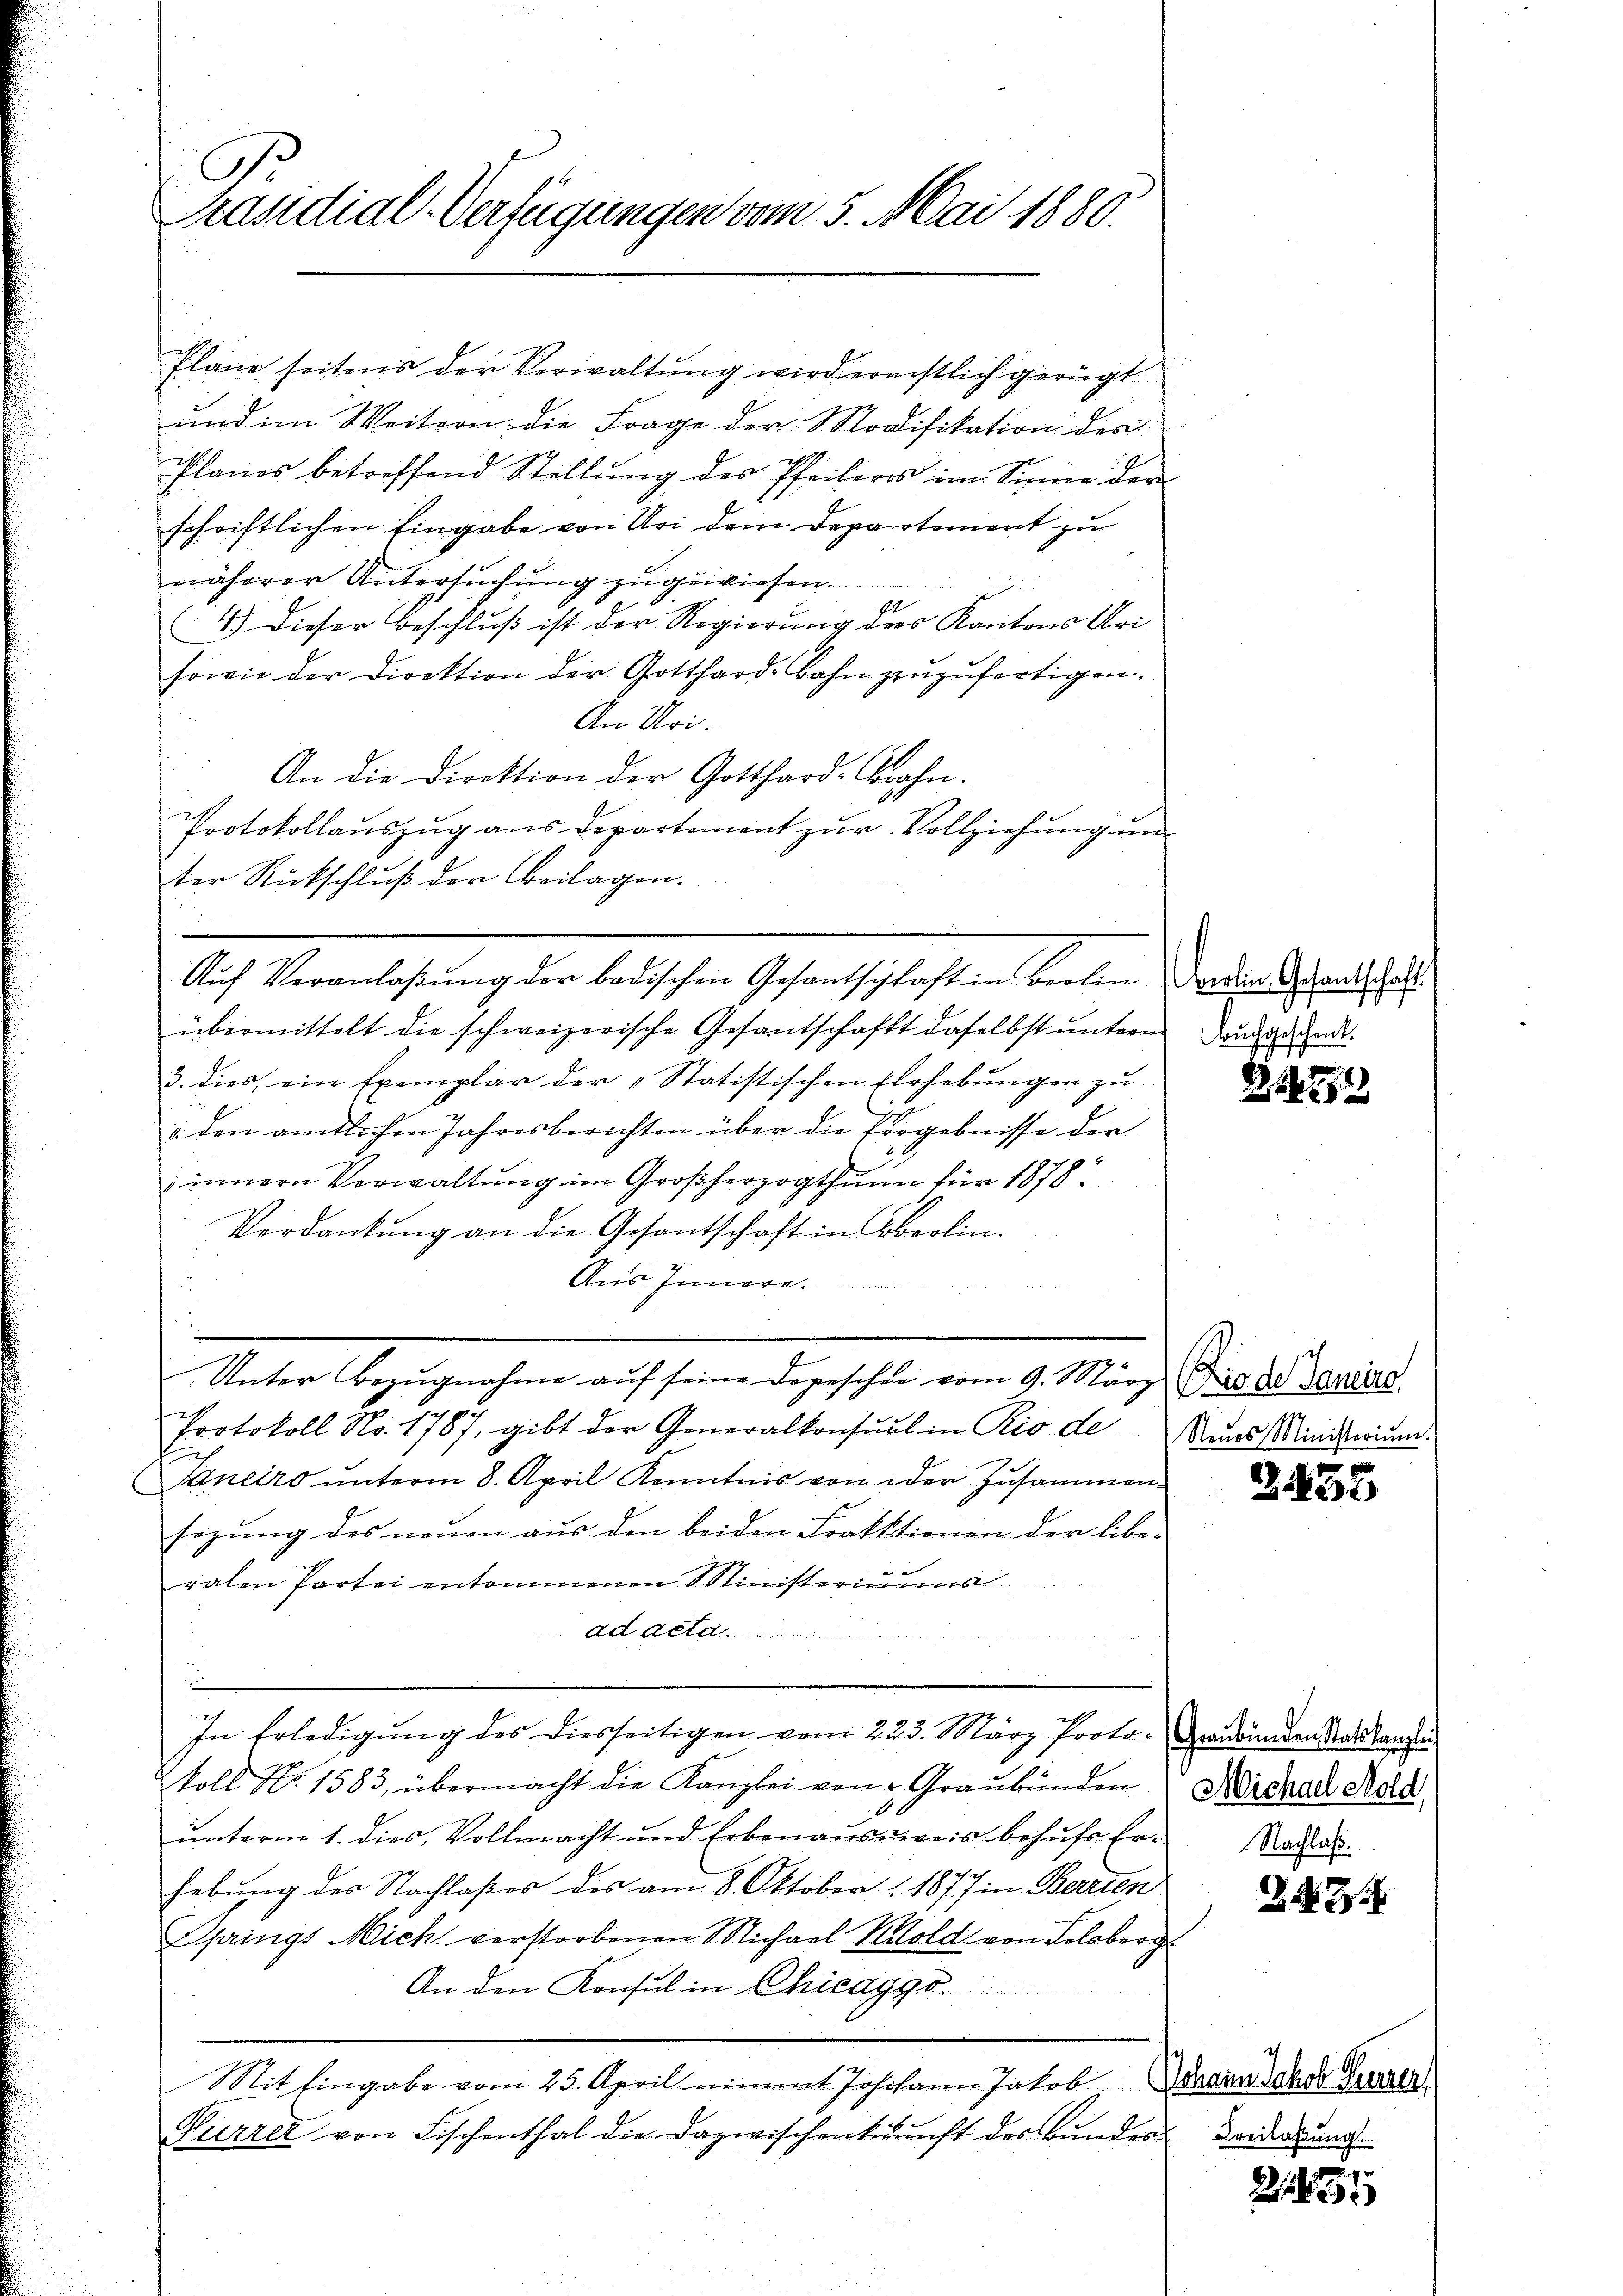
s. C
Präsidial-Verfügungen vom 5. Mai 1880.

Plane seitens der Verwaltung wird erachtlich gerügt
und im Weitern die Frage der Modifikation des
Planes betreffend Stellung des Pfeilers im Sinne der
schriftlichen Eingabe von Uri dem Departement zu
näherer Untersuchung zugewiesen.
4.) Dieser Beschluß ist der Regierung des Kantons Uri
sowie der Direktion der Gotthardbahn zuzufertigen.
An Uri.
An die Direktion der Gotthard-Bahn.
Protokollauszug aus Departement zur Vollziehung un
ter Rückschluß der Beilagen.
übermittelt die schweizerische Gesandtschaft daselbst ŭntern Landient.
3. dies, ein Exemplar der „Statistischen Erhebungen zu
e
u. den amtlichen Jahresberichten über die Ergebnisse der
innern Verwaltung im Großherzogthum für 1878
Verdankung an die Gesantschaft in Oberlin.
Aus Innern.
Unter Bezŭgnahme aŭf seine Depeschen vom 9. März Dir de Vereie
Protokoll No. 1787, gibt der Generalkonsul in Rio de Amnes Ministerium
Janeiro ŭnterm 8. April Kenntnis von oder Zusammen-
sezung des neuen aus den beiden Krakktionen der libe-
ralen Partei ankommenen Ministeriums
ad de
In Erledigung des diesseitigen vom 223. März Proto- Graubünden Ratskanzlei
koll No. 1583, übermacht die Kanzlei von Graubünden Michael Aold,
unterm 1. dies Vollmacht und Erbenaŭsweis behŭfs Er- Nachah.
hebung der Nachlaßes des am 8. Oktober 1877 in Berrien
Springs Mich verstorbenen Michael Kilold von Felsberg
An den Konsul in Chicaggo.
Mit Eingabe vom 25. April nimmt Josohann Jakob Johann Jakob Grazer
Kurrer von Fischenthal die Dazwischenkŭŭnft des Bŭndes Beiderung.

Aŭf Veranlaβŭng der badischen Gesandtschaft in Berlin in Gesandtschaft.

21792

Z435

23.

2